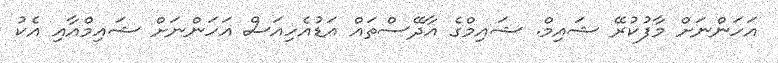
އަހަންނަށް މާފުކުރޭ ޝައިމް. ޝައިމްގެ އާދޭސްތައް އަޑުއެހިއަސް އަހަންނަށް ޝައިމްއާއި އެކު